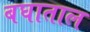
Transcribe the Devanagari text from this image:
बघाताल